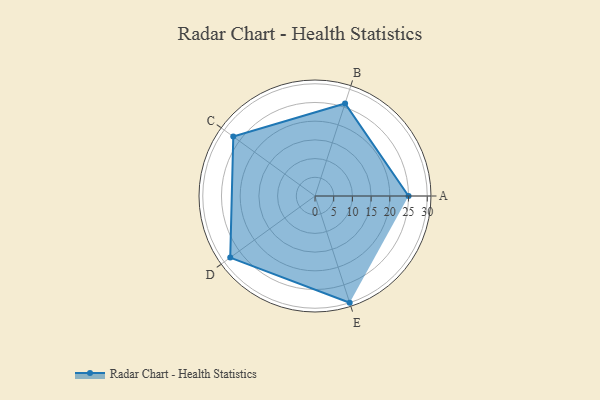
{"axis": {"x": "Skill", "y": "Score"}, "legend": ["Profile"], "data": [{"x": "A", "y": 25.0, "type": "Profile"}, {"x": "B", "y": 26.0, "type": "Profile"}, {"x": "C", "y": 27.0, "type": "Profile"}, {"x": "D", "y": 28.0, "type": "Profile"}, {"x": "E", "y": 30.0, "type": "Profile"}]}